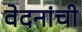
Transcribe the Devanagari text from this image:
वेदनांची